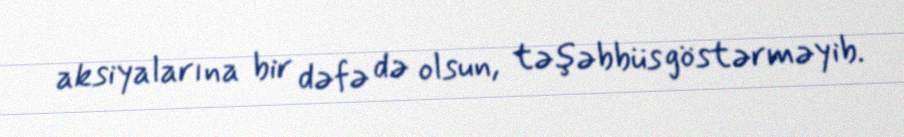
aksiyalarına bir dəfə də olsun, təşəbbüs göstərməyib.